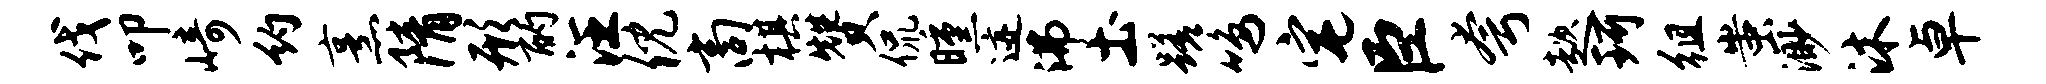
伐叩崎约烹隋形酌汪倪商棋赞侃曛迹沸土蹉鸣宅臣夸趑珂徂蚩渺沐卓